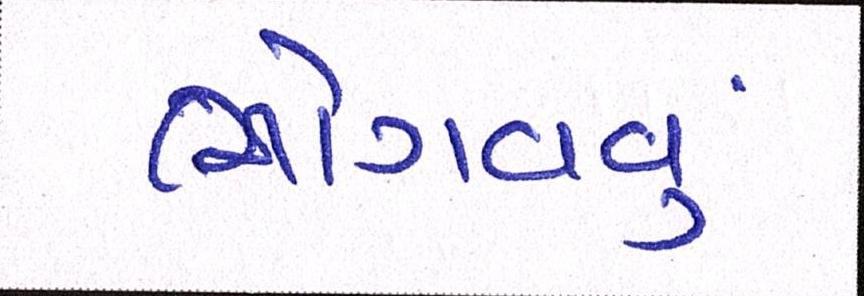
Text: ભોગવવું